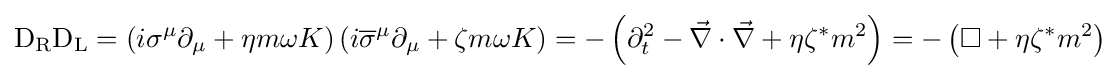
\mathrm {D} _{\rm {R}}\mathrm {D} _{\rm {L}}=\left(i\sigma ^{\mu }\partial _{\mu }+\eta m\omega K\right)\left(i{\overline {\sigma }}^{\mu }\partial _{\mu }+\zeta m\omega K\right)=-\left(\partial _{t}^{2}-{\vec {\nabla }}\cdot {\vec {\nabla }}+\eta \zeta ^{*}m^{2}\right)=-\left(\square +\eta \zeta ^{*}m^{2}\right)